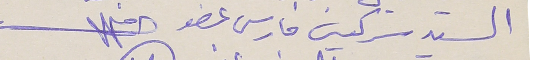
السيد سركيس فارس عضو